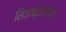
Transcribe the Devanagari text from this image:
सिज़ोफ्रेनियाके